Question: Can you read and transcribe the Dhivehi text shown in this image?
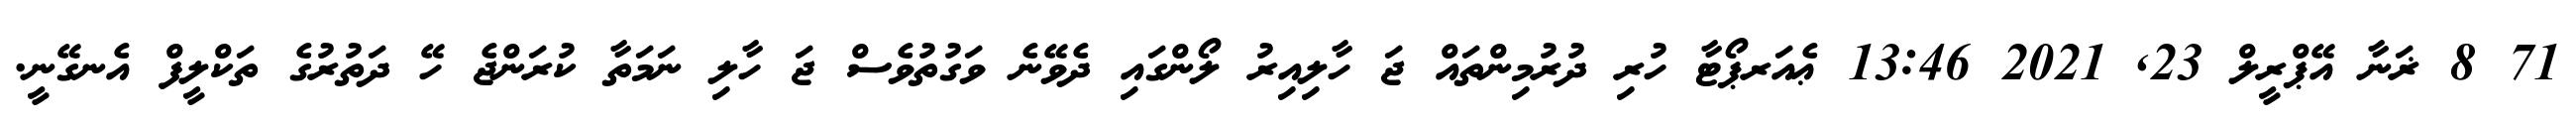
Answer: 71 8 ޜަނާ އޭޕްރީލް 23, 2021 13:46 ޢެއަރޕޯޓާ ހުރި ދުރުމިންތައް ޖަ ހާލިއިރު ލޯންގައި ދެވޭނެ ވަގުތުވެސް ޖަ ހާލި ނަމަތާ ކުރަންޖެ ހޭ ދަތުރުގެ ތަކްލީފް އެނގޭނީ.